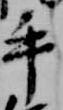
手